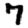
Digit: 7